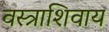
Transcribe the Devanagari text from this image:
वस्त्राशिवाय